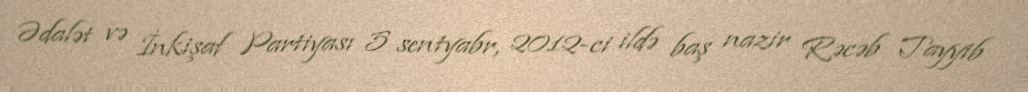
Ədalət və İnkişaf Partiyası 5 sentyabr, 2012-ci ildə baş nazir Rəcəb Tayyib